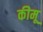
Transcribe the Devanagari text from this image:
कीमू